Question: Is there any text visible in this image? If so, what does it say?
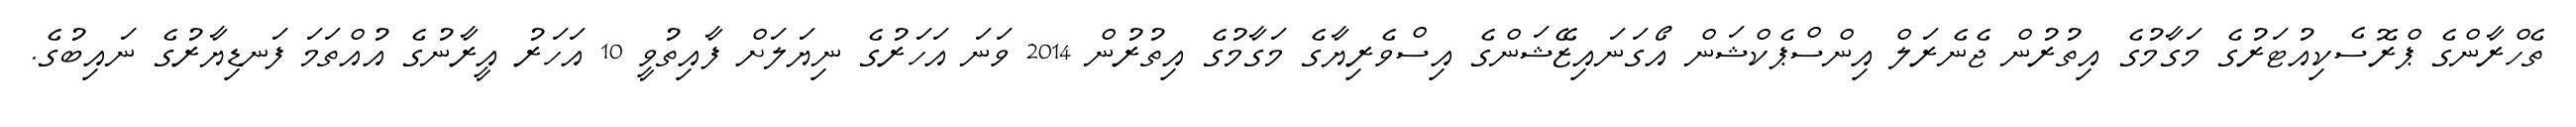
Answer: ތެހްރާންގެ ޕްރޮސެކިއުޓަރުގެ މަގާމުގެ އިތުރުން ޖެނެރަލް އިންސްޕެކްޝަން އޯގަނައިޒޭޝަންގެ އިސްވެރިޔާގެ މަގާމުގެ އިތުރުން 2014 ވަނަ އަހަރުގެ ނިޔަލަށް ފާއިތުވީ 10 އަހަރު އީރާނުގެ އުއްތަމަ ފަނޑިޔާރުގެ ނައިބުގެ.